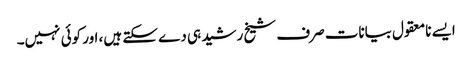
ایسے نامعقول بیانات صرف شیخ رشید ہی دے سکتے ہیں، اور کوئی نہیں۔